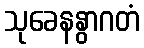
သုခေနနွာဂတံ